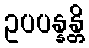
ဥပပန္နန္တိ